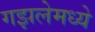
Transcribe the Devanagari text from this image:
गझलेमध्ये